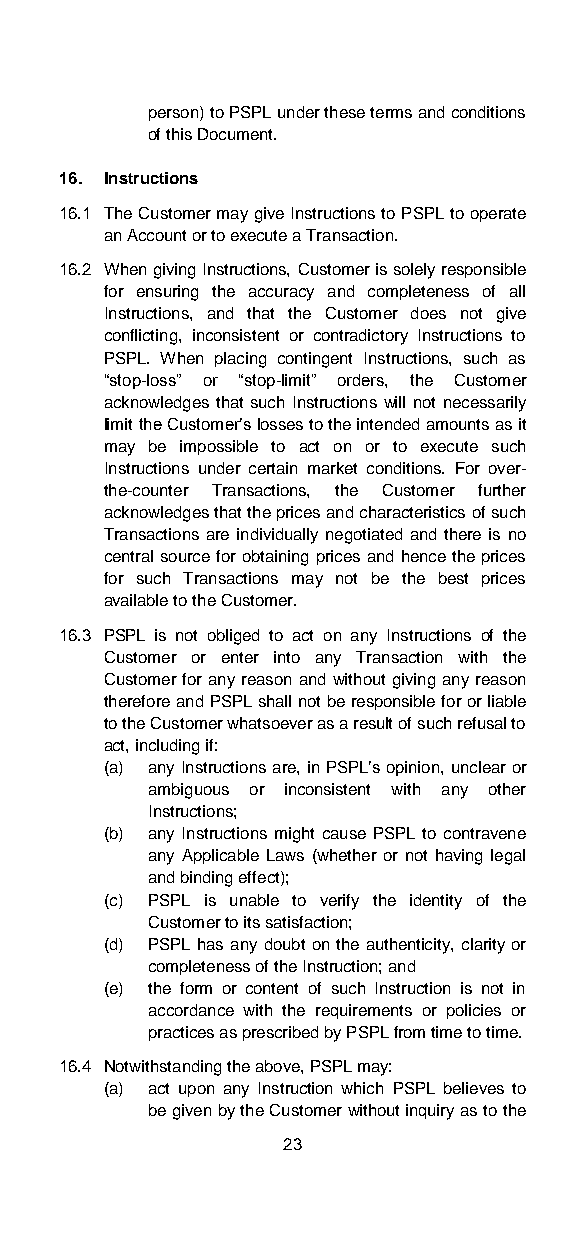
person) to PSPL under these terms and conditions
 of this Document.
 16. Instructions
 16.1 The Customer may give Instructions to PSPL to operate
 an Account or to execute a Transaction.
 16.2 When giving Instructions, Customer is solely responsible
 for ensuring the accuracy and completeness of all
 Instructions, and that the Customer does not give
 conflicting, inconsistent or contradictory Instructions to
 PSPL. When placing contingent Instructions, such as
 “stop-loss” or “stop-limit” orders, the Customer
 acknowledges that such Instructions will not necessarily
 limit the Customer’s losses to the intended amounts as it
 may be impossible to act on or to execute such
 Instructions under certain market conditions. For over-
 the-counter Transactions, the Customer further
 acknowledges that the prices and characteristics of such
 Transactions are individually negotiated and there is no
 central source for obtaining prices and hence the prices
 for such Transactions may not be the best prices
 available to the Customer.
 16.3 PSPL is not obliged to act on any Instructions of the
 Customer or enter into any Transaction with the
 Customer for any reason and without giving any reason
 therefore and PSPL shall not be responsible for or liable
 to the Customer whatsoever as a result of such refusal to
 act, including if:
 (a) any Instructions are, in PSPL’s opinion, unclear or
 ambiguous or inconsistent with any other
 Instructions;
 (b) any Instructions might cause PSPL to contravene
 any Applicable Laws (whether or not having legal
 and binding effect);
 (c) PSPL is unable to verify the identity of the
 Customer to its satisfaction;
 (d) PSPL has any doubt on the authenticity, clarity or
 completeness of the Instruction; and
 (e) the form or content of such Instruction is not in
 accordance with the requirements or policies or
 practices as prescribed by PSPL from time to time.
 16.4 Notwithstanding the above, PSPL may:
 (a) act upon any Instruction which PSPL believes to
 be given by the Customer without inquiry as to the
 23